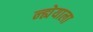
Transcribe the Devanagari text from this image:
न्ह्येयाला